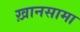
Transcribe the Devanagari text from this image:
ख़ानसामा